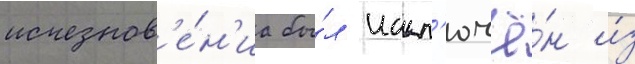
исчезнов'е́н'иа бы́л искл'ючё́н и́з